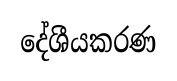
දේශීයකරණ